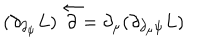
( \partial _ { \partial _ { \psi } } L ) \stackrel { \leftarrow } { \partial } = \partial _ { \mu } ( \partial _ { \partial _ { \mu } \psi } L )